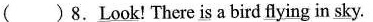
( ) 8. \underline{Look}!There \underline{is} a bird \underline{flying} in \underline{sky}.